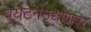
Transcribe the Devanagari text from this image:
पर्यटनउद्योगावर